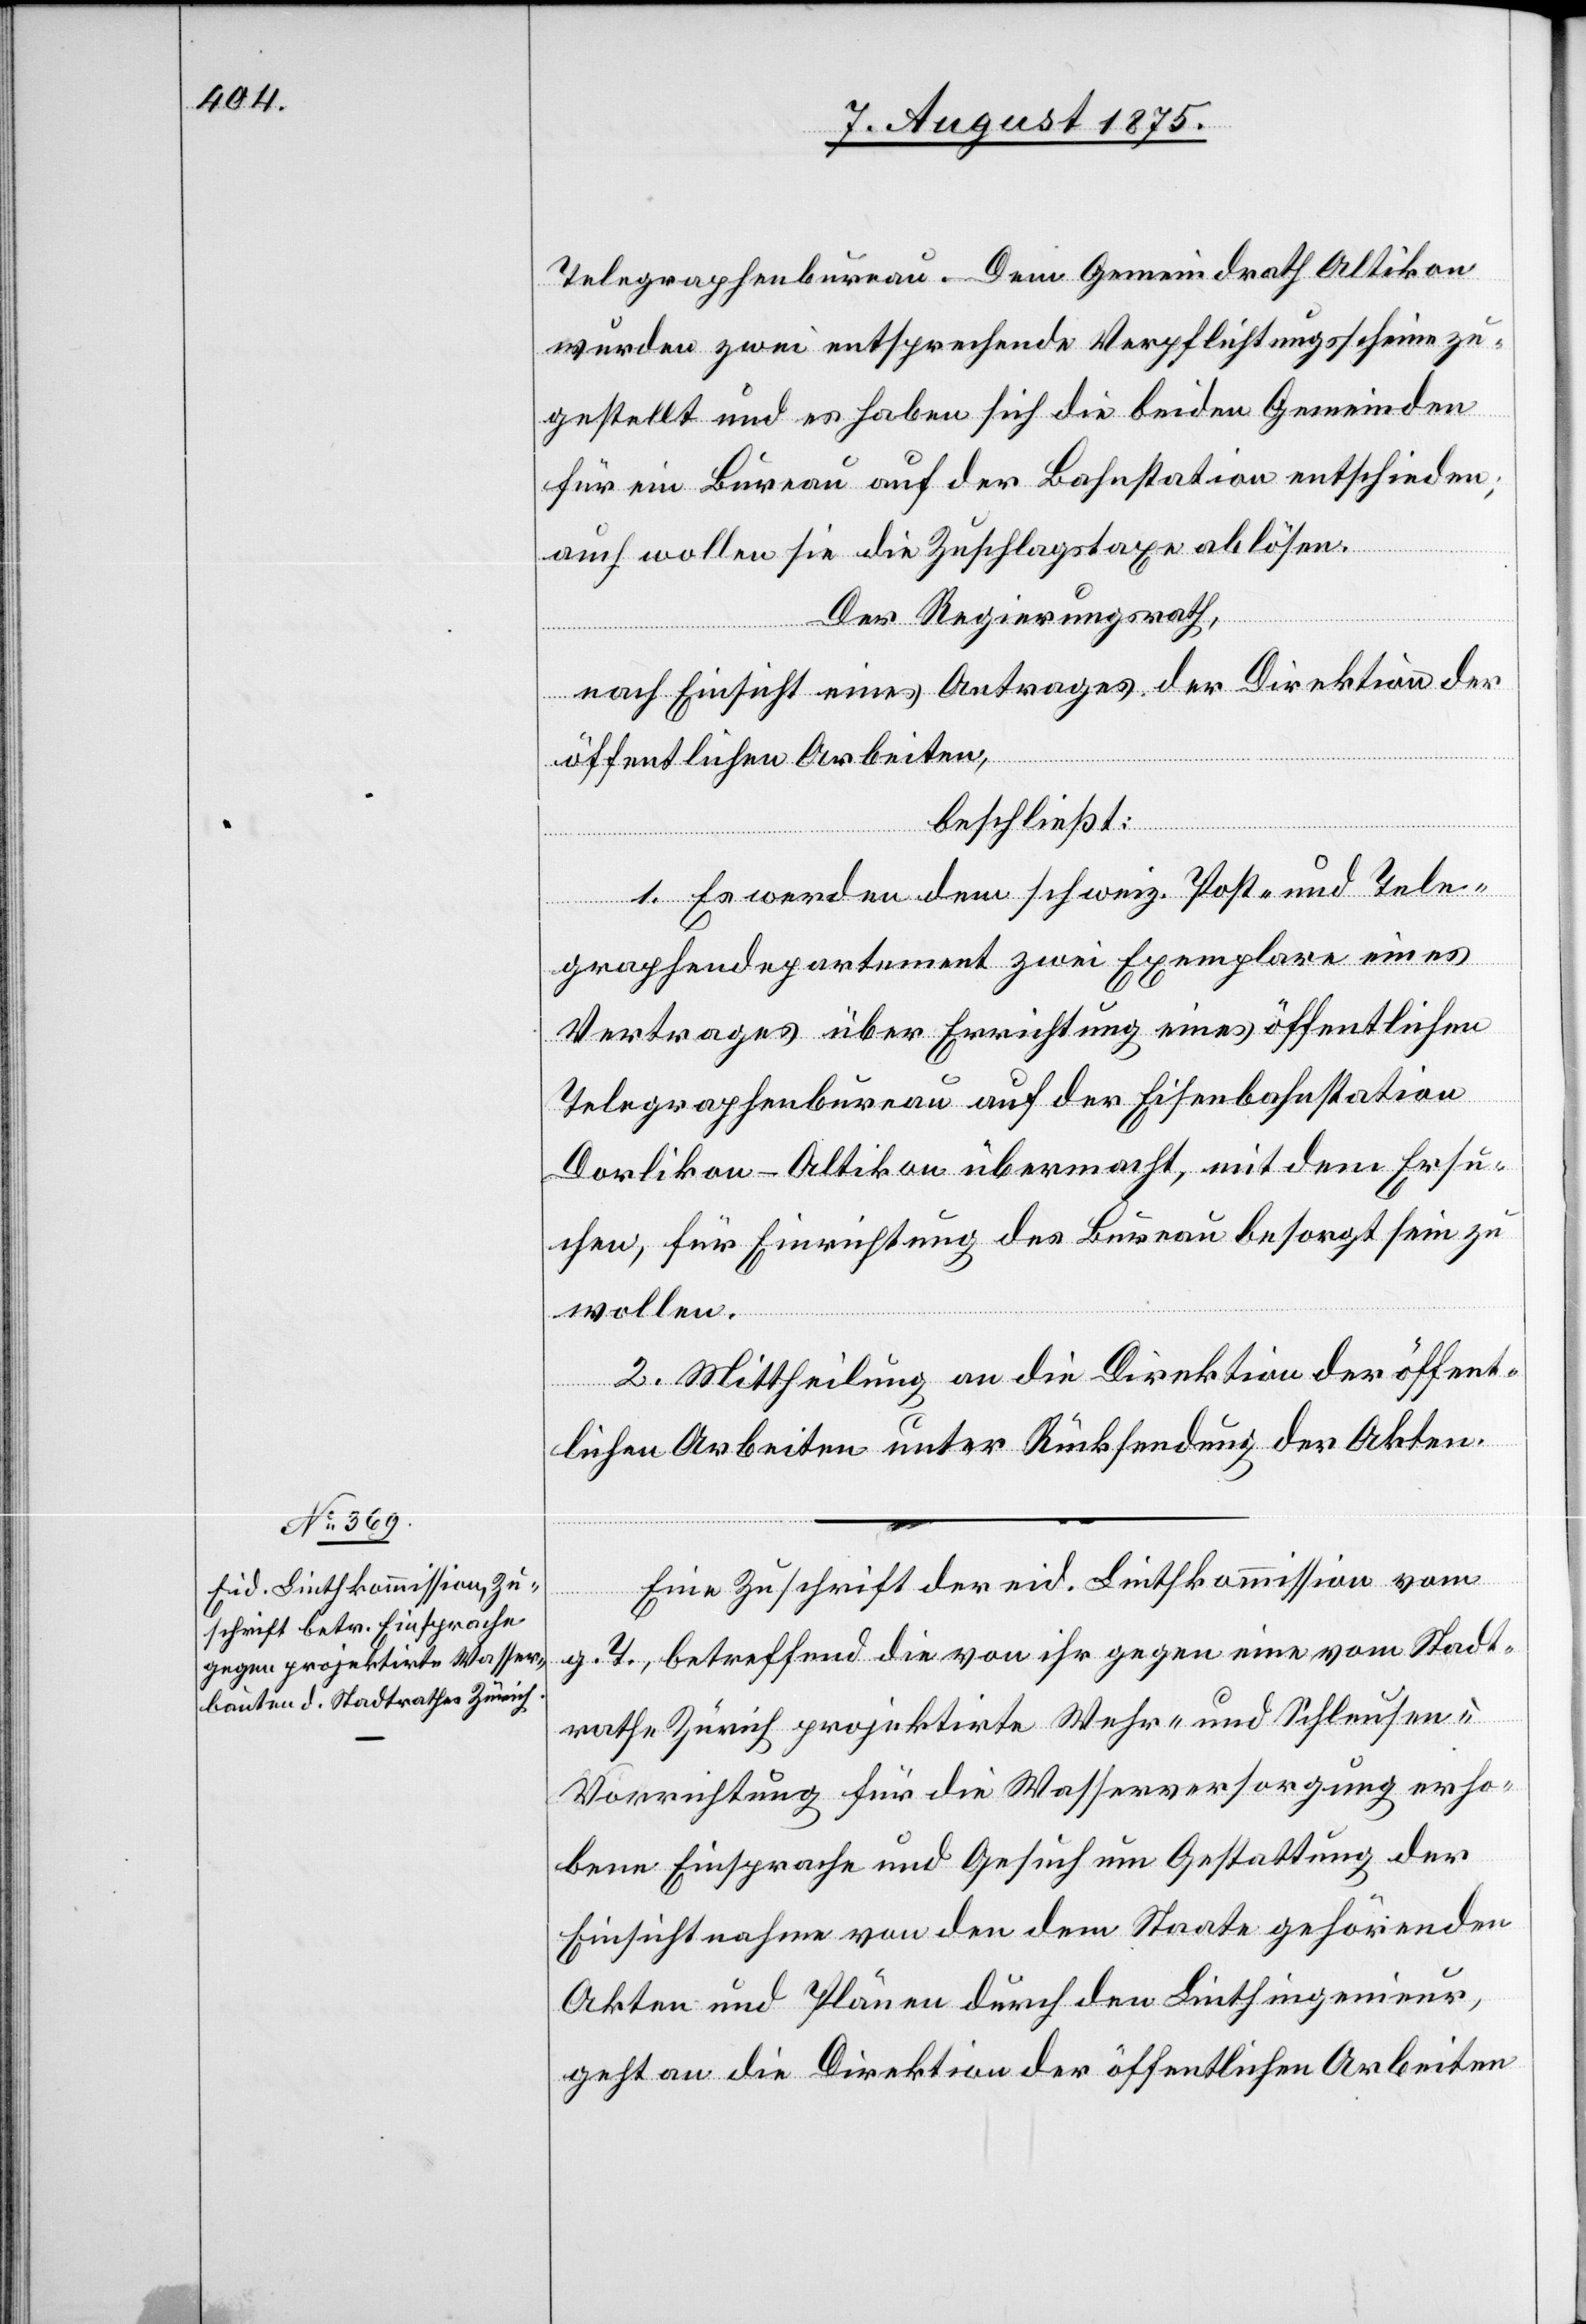
9. August 1875.]
Telegraphenbureau. Dem Gemeindrath Altikon
wurden zwei entsprechende Verpflichtungsscheine zu¬
gestellt und es haben sich die beiden Gemeinden
für ein Bureau auf der Bahnstation entschieden;
auch wollen sie die Zuschlagstaxe ablösen.
Der Regierungsrath,
nach Einsicht eines Antrages der Direktion der
öffentlichen Arbeiten,
beschließt:
1. Es werden dem schweiz. Post- und Tele¬
graphendepartement zwei Exemplare eines
Vertrages über Errichtung eines öffentlichen
Telegraphenbureau auf der Eisenbahnstation
Dorlikon-Altikon übermacht, mit dem Ersu¬
chen, für Einrichtung des Bureau besorgt sein zu
wollen.
2. Mittheilung an die Direktion der öffent¬
lichen Arbeiten unter Rücksendung der Akten.
Eine Zuschrift der eid. Linthkommission vom
g. T., betreffend die von ihr gegen eine vom Stadt¬
rathe Zürich projektirte Wehr- und Schlaufen¬
vorrichtung für die Wasserversorgung erho¬
bene Einsprache und Gesuch um Gestattung der
Einsichtnahme von den dem Staate gehörenden
Akten und Plänen durch den Linthingenieur,
geht an die Direktion der öffentlichen Arbeiten